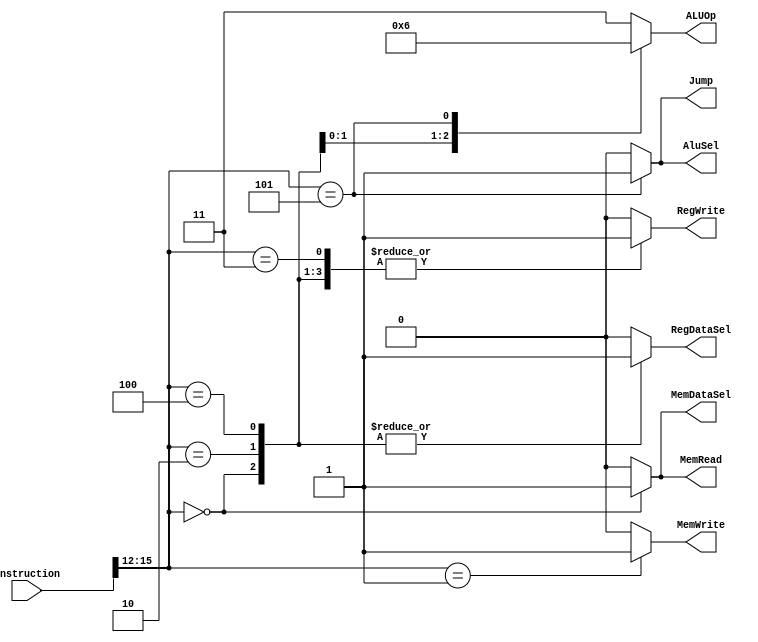
`timescale 1ns / 1ps
//////////////////////////////////////////////////////////////////////////////////
// Company: 
// Engineer: 
// 
// Design Name: 
// Module Name: Ctrl
// Project Name: 
// Target Devices: 
// Tool Versions: 
// Description: 
// 
// Dependencies: 
// 
// Revision:
// Revision 0.01 - File Created
// Additional Comments:
// 
//////////////////////////////////////////////////////////////////////////////////


module Control (
    input [15:0] instruction,   // instruction mem se instruction
    output reg RegDataSel,      // input data decide karne me
    output reg Jump,            // jump at equal 
    output reg MemRead,         // mem read karna ho then
    output reg MemWrite,        // mem me write karna ho then
    output reg MemDataSel,      // mem ke aage wala mux
    output reg [1:0] ALUOp,     // operation of Alu
    output reg AluSel,          // alu ke pahle ka mux
    output reg RegWrite         // reg file me likhna hai then
);


// initalization as default
initial begin
    RegDataSel = 1'b0;
    Jump = 1'b0;
    MemRead = 1'b0;
    MemDataSel = 1'b0;
    ALUOp = 2'b11;
    MemWrite = 1'b0;
    AluSel = 1'b0;
    RegWrite = 1'b0;
end

// opcode operation decide karega

always @(instruction) begin
case (instruction[15:12])
    // MOV R[a] d (R[a] = d)
    4'b0000: begin 
        RegDataSel = 1'b1;
        Jump = 1'b0;
        MemRead = 1'b1;
        MemDataSel = 1'b1;
        ALUOp = 2'b11;
        MemWrite = 1'b0;
        AluSel = 1'b0;
        RegWrite = 1'b1;
    end
    // MOV d R[a] (d = R[a])
    4'b0001: begin
        RegDataSel = 1'b0;
        Jump = 1'b0;
        MemRead = 1'b0;
        MemDataSel = 1'b0;
        ALUOp = 2'b11;
        MemWrite = 1'b1;
        AluSel = 1'b0;
        RegWrite = 1'b0;
    end
    // ADD R[a] R[b] R[c] (R[a] = R[b] + R[c])
    4'b0010: begin
        RegDataSel = 1'b1;
        Jump = 1'b0;
        MemRead = 1'b0;
        MemDataSel = 1'b0;
        ALUOp = 2'b00;
        MemWrite = 1'b0;
        AluSel = 1'b0;
        RegWrite = 1'b1;
    end
    // MOV R[a] #c (R[a] = c)
    4'b0011: begin
        RegDataSel = 1'b0;
        Jump = 1'b0;
        MemRead = 1'b0;
        MemDataSel = 1'b0;
        ALUOp = 2'b11;
        MemWrite = 1'b0;
        AluSel = 1'b0;
        RegWrite = 1'b1;
    end
    // SUB R[a] R[b] R[c] (R[a] = R[b] - R[c])
    4'b0100: begin
        RegDataSel = 1'b1;
        Jump = 1'b0;
        MemRead = 1'b0;
        MemDataSel = 1'b0;
        ALUOp = 2'b01;
        MemWrite = 1'b0;
        AluSel = 1'b0;
        RegWrite = 1'b1;
    end
    // JMPZ R[a] offset (if R[a] == 0, PC = PC + offset)
    4'b0101: begin
        RegDataSel = 1'b0;
        Jump = 1'b1;
        MemRead = 1'b0;
        MemDataSel = 1'b0;
        ALUOp = 2'b10;
        MemWrite = 1'b0;
        AluSel = 1'b1;
        RegWrite = 1'b0;
    end
    default : begin   // isko default kiya hai
        RegDataSel = 1'b0;
        Jump = 1'b0;
        MemRead = 1'b0;
        MemDataSel = 1'b0;
        ALUOp = 2'b11;
        MemWrite = 1'b0;
        AluSel = 1'b0;
        RegWrite = 1'b0;
    end
endcase
end

endmodule